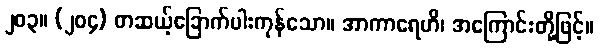
၂၀၃။ (၂၀၄) တဆယ့်ခြောက်ပါးကုန်သော။ အာကာရေဟိ၊ အကြောင်းတို့ဖြင့်။